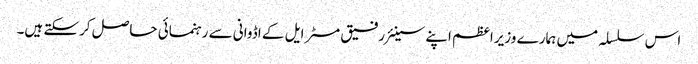
اس سلسلہ میں ہمارے وزیراعظم اپنے سینئر رفیق مسٹر ایل کے اڈوانی سے رہنمائی حاصل کرسکتے ہیں۔